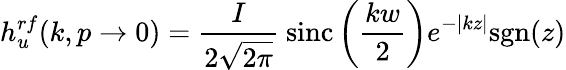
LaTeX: {h}_{u}^{rf}(k,p\rightarrow 0)=\frac{I}{2\sqrt{2\pi}}{~\textrm{sinc}\left(\frac{kw}{2}\right)}e^{-\left|kz\right|}\textrm{sgn}(z)